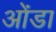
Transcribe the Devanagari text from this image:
ओंडा